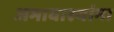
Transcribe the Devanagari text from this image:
अमावास्यांना